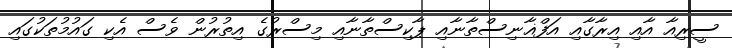
ސީރިއާ އާއި އިރާގާއި އަފްޣާނިސްތާނާއި ޕާކިސްތާނާއި މިސްރުގެ އިތުރުން ވެސް އެކި ގައުމުތަކުގައި